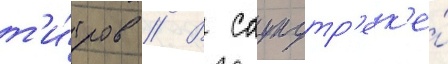
т'и́тров // В саундтр'ек'е́